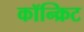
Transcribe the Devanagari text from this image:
कॉन्‍क्रिट